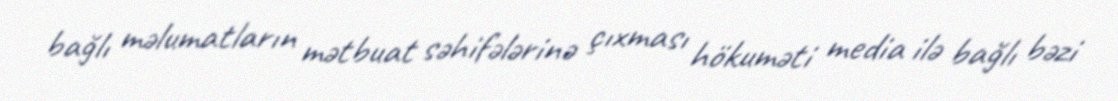
bağlı məlumatların mətbuat səhifələrinə çıxması hökuməti media ilə bağlı bəzi